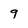
Character: 9